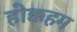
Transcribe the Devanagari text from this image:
होक्कहम